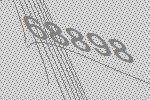
68898